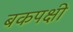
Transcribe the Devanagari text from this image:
बकपक्षी